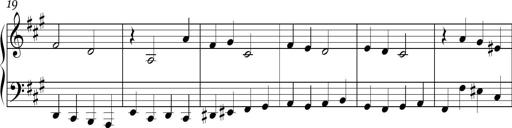
Title: Ten Piano Sonatinas
Composer: Andreas Sain